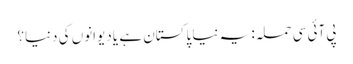
پی آئی سی حملہ: یہ نیا پاکستان ہے یا دیوانوں کی دنیا؟